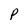
Character: P